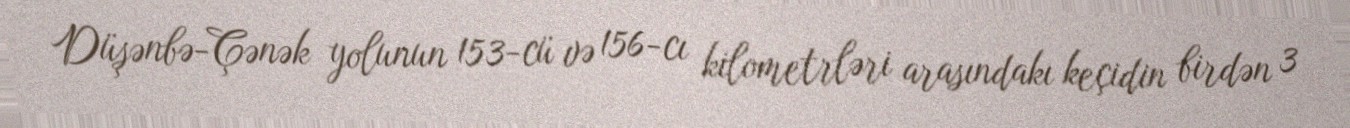
Düşənbə-Çənək yolunun 153-cü və 156-cı kilometrləri arasındakı keçidin birdən 3